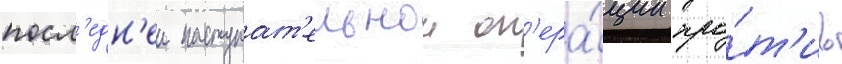
посл'едн'еи наступат'ельнои оп'ера́ции про́т'ив